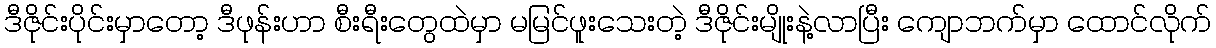
ဒီဇိုင်းပိုင်းမှာတော့ ဒီဖုန်းဟာ စီးရီးတွေထဲမှာ မမြင်ဖူးသေးတဲ့ ဒီဇိုင်းမျိုးနဲ့လာပြီး ကျောဘက်မှာ ထောင်လိုက်